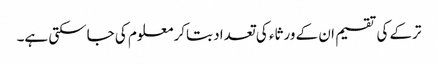
ترکے کی تقسیم ان کے ورثاء کی تعداد بتاکر معلوم کی جاسکتی ہے۔